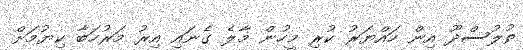
ތުލުސްދޫ އިން ހައްޔަރު ކުރި މީހުން މާލެ ގެނައި އިރު މަރުހަބާ ކިޔުމަށް